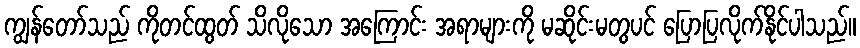
ကျွန်တော်သည် ကိုတင်ထွတ် သိလိုသော အကြောင်း အရာများကို မဆိုင်းမတွပင် ပြောပြလိုက်နိုင်ပါသည်။